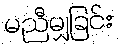
မညီမျှခြင်း